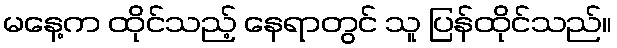
မနေ့က ထိုင်သည့် နေရာတွင် သူ ပြန်ထိုင်သည်။